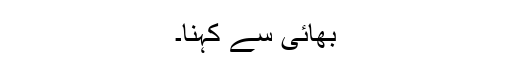
بھائی سے کہنا۔